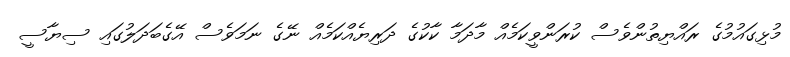
މުޅިގައުމުގެ ރައްޔިތުންވެސް ކުރަންވީކަމެއް މާދަމާ ކާކުގެ ދަރިޔެއްކަމެއް ނޭގެ ނަމަވެސް އޭގެބަދަލުގައި ސިޔާސީ